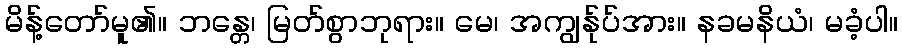
မိန့်တော်မူ၏။ ဘန္တေ၊ မြတ်စွာဘုရား။ မေ၊ အကျွန်ုပ်အား။ နခမနိယံ၊ မခံ့ပါ။